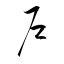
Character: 戸